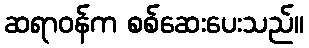
ဆရာဝန်က စစ်ဆေးပေးသည်။